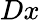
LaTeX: Dx